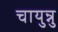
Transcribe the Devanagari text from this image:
चायुन्नु